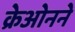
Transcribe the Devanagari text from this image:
क्रेओनने